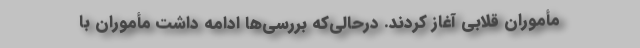
مأموران قلابی آغاز کردند. درحالی‌که بررسی‌ها ادامه داشت مأموران با